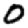
Digit: 0